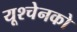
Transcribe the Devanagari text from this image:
यूश्चेनको